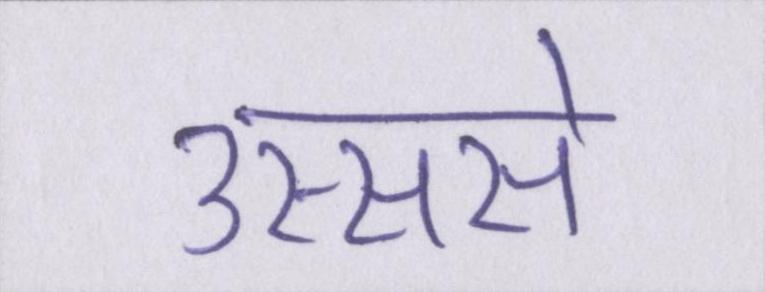
उस्ससे